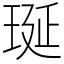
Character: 𤥻